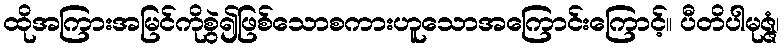
ထိုအကြားအမြင်ကိုစွဲ၍ဖြစ်သောစကားဟူသောအကြောင်းကြောင့်။ ပီတိပါမုဇ္ဇံ၊